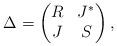
LaTeX: \begin{gather*}\Delta=\begin{pmatrix}R & J^*\\J & S\end{pmatrix},\end{gather*}